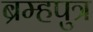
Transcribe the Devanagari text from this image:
ब्रम्हपुत्र